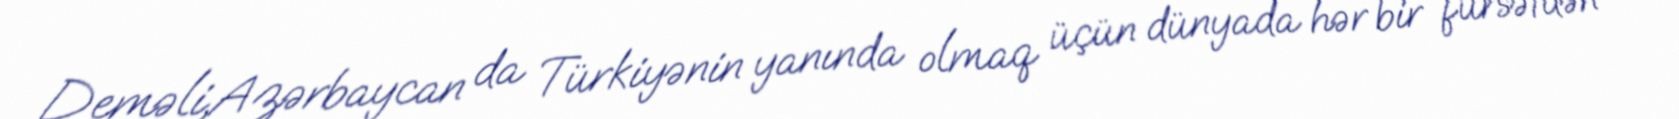
Deməli,Azərbaycan da Türkiyənin yanında olmaq üçün dünyada hər bir fürsətdən